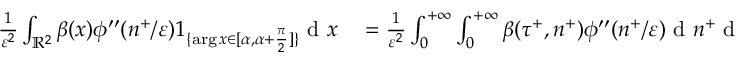
\begin{array} { r l } { \frac { 1 } { \varepsilon ^ { 2 } } \int _ { \mathbb { R } ^ { 2 } } \beta ( x ) \phi ^ { \prime \prime } ( n ^ { + } / \varepsilon ) 1 _ { \{ \arg x \in [ \alpha , \alpha + \frac { \pi } { 2 } ] \} } \textrm { d } x } & { { } = \frac { 1 } { \varepsilon ^ { 2 } } \int _ { 0 } ^ { + \infty } \int _ { 0 } ^ { + \infty } \beta ( \tau ^ { + } , n ^ { + } ) \phi ^ { \prime \prime } ( n ^ { + } / \varepsilon ) \textrm { d } n ^ { + } \textrm { d } \tau ^ { + } } \end{array}